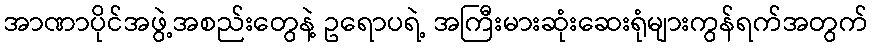
အာဏာပိုင်အဖွဲ့အစည်းတွေနဲ့ ဥရောပရဲ့ အကြီးမားဆုံးဆေးရုံများကွန်ရက်အတွက်